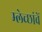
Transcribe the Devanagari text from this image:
म्लेच्छांचें